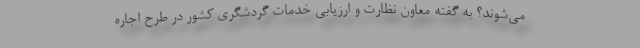
می‌شوند؟ به گفته معاون نظارت و ارزیابی خدمات گردشگری کشور در طرح اجاره